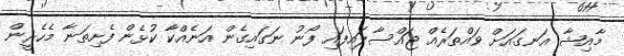
މާއިޝާ އަނގައަށް ވައްތަރެއް ޖައްސާލައިފައި ފޯނު ނަގައިގެން އަނެއްކާ ކުޅެން ފެށިތަނާ މެހެރީން